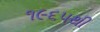
૧૯૬૫થી